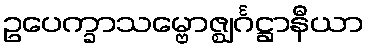
ဥပေက္ခာသမ္ဗောဇ္ဈင်္ဂဋ္ဌာနီယာ